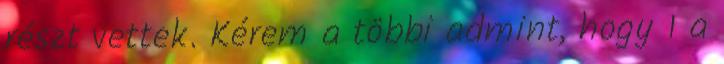
részt vettek. Kérem a többi admint, hogy 1 a